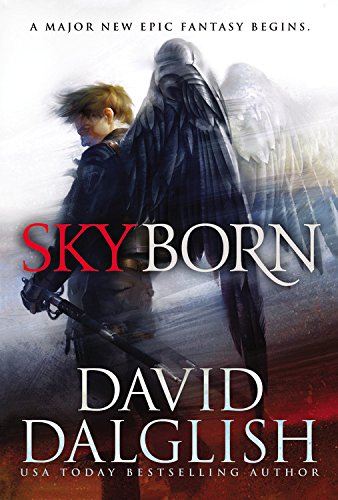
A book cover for Skyborn (Seraphim); David Dalglish; Science Fiction & Fantasy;